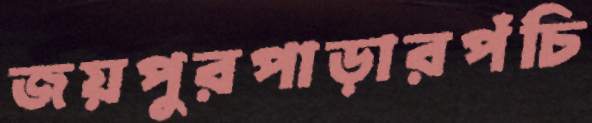
জয়পুরপাড়ারপঁচি